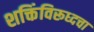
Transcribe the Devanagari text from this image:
शक्तिंविरूध्दचा